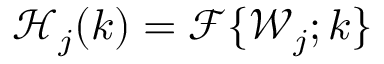
\mathcal { H } _ { j } ( k ) = \mathcal { F } \{ \mathcal { W } _ { j } ; k \}